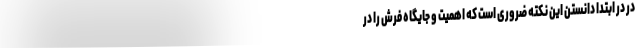
در در ابتدا دانستن این نکته ضروری است که اهمیت و جایگاه فرش را در